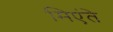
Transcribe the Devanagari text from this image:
मिएंते